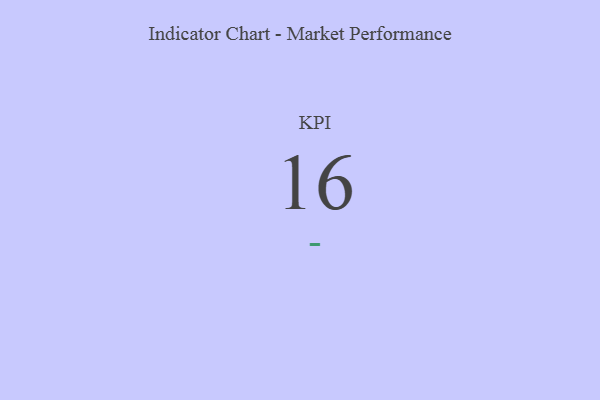
{"axis": {"x": "KPI", "y": "Value"}, "legend": [""], "data": [{"x": "KPI", "y": 16, "type": ""}]}